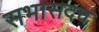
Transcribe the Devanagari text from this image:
सभासदच